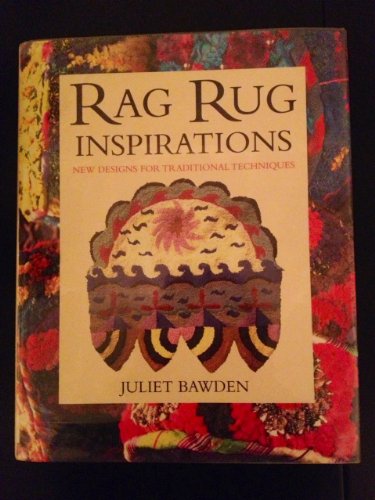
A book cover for Rag Rug Inspirations; Juliet Bawden; Crafts, Hobbies & Home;